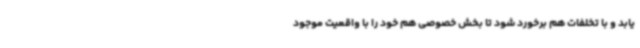
یابد و با تخلفات هم برخورد شود تا بخش خصوصی هم خود را با واقعیت موجود